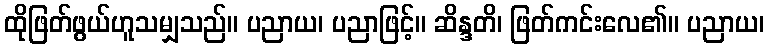
ထိုဖြတ်ဖွယ်ဟူသမျှသည်။ ပညာယ၊ ပညာဖြင့်။ ဆိန္ဒတိ၊ ဖြတ်ကင်းလေ၏။ ပညာယ၊